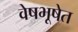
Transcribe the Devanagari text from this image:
वेषभूषेत